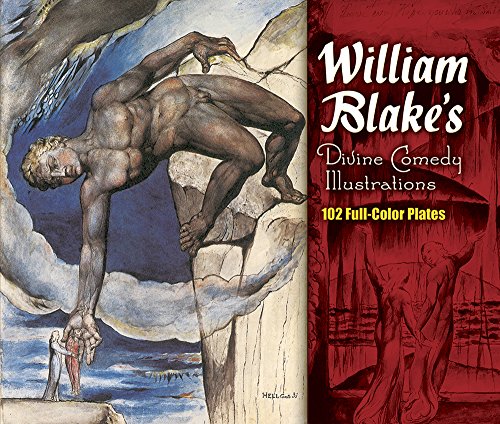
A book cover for William Blake's Divine Comedy Illustrations: 102 Full-Color Plates (Dover Fine Art, History of Art); William Blake; Arts & Photography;